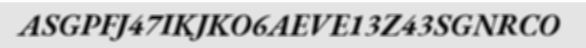
ASGPFJ47IKJKO6AEVE13Z43SGNRCO